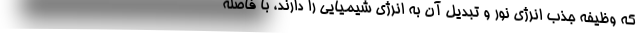
که وظیفه جذب انرژی نور و تبدیل آن به انرژی شیمیایی را دارند، با فاصله